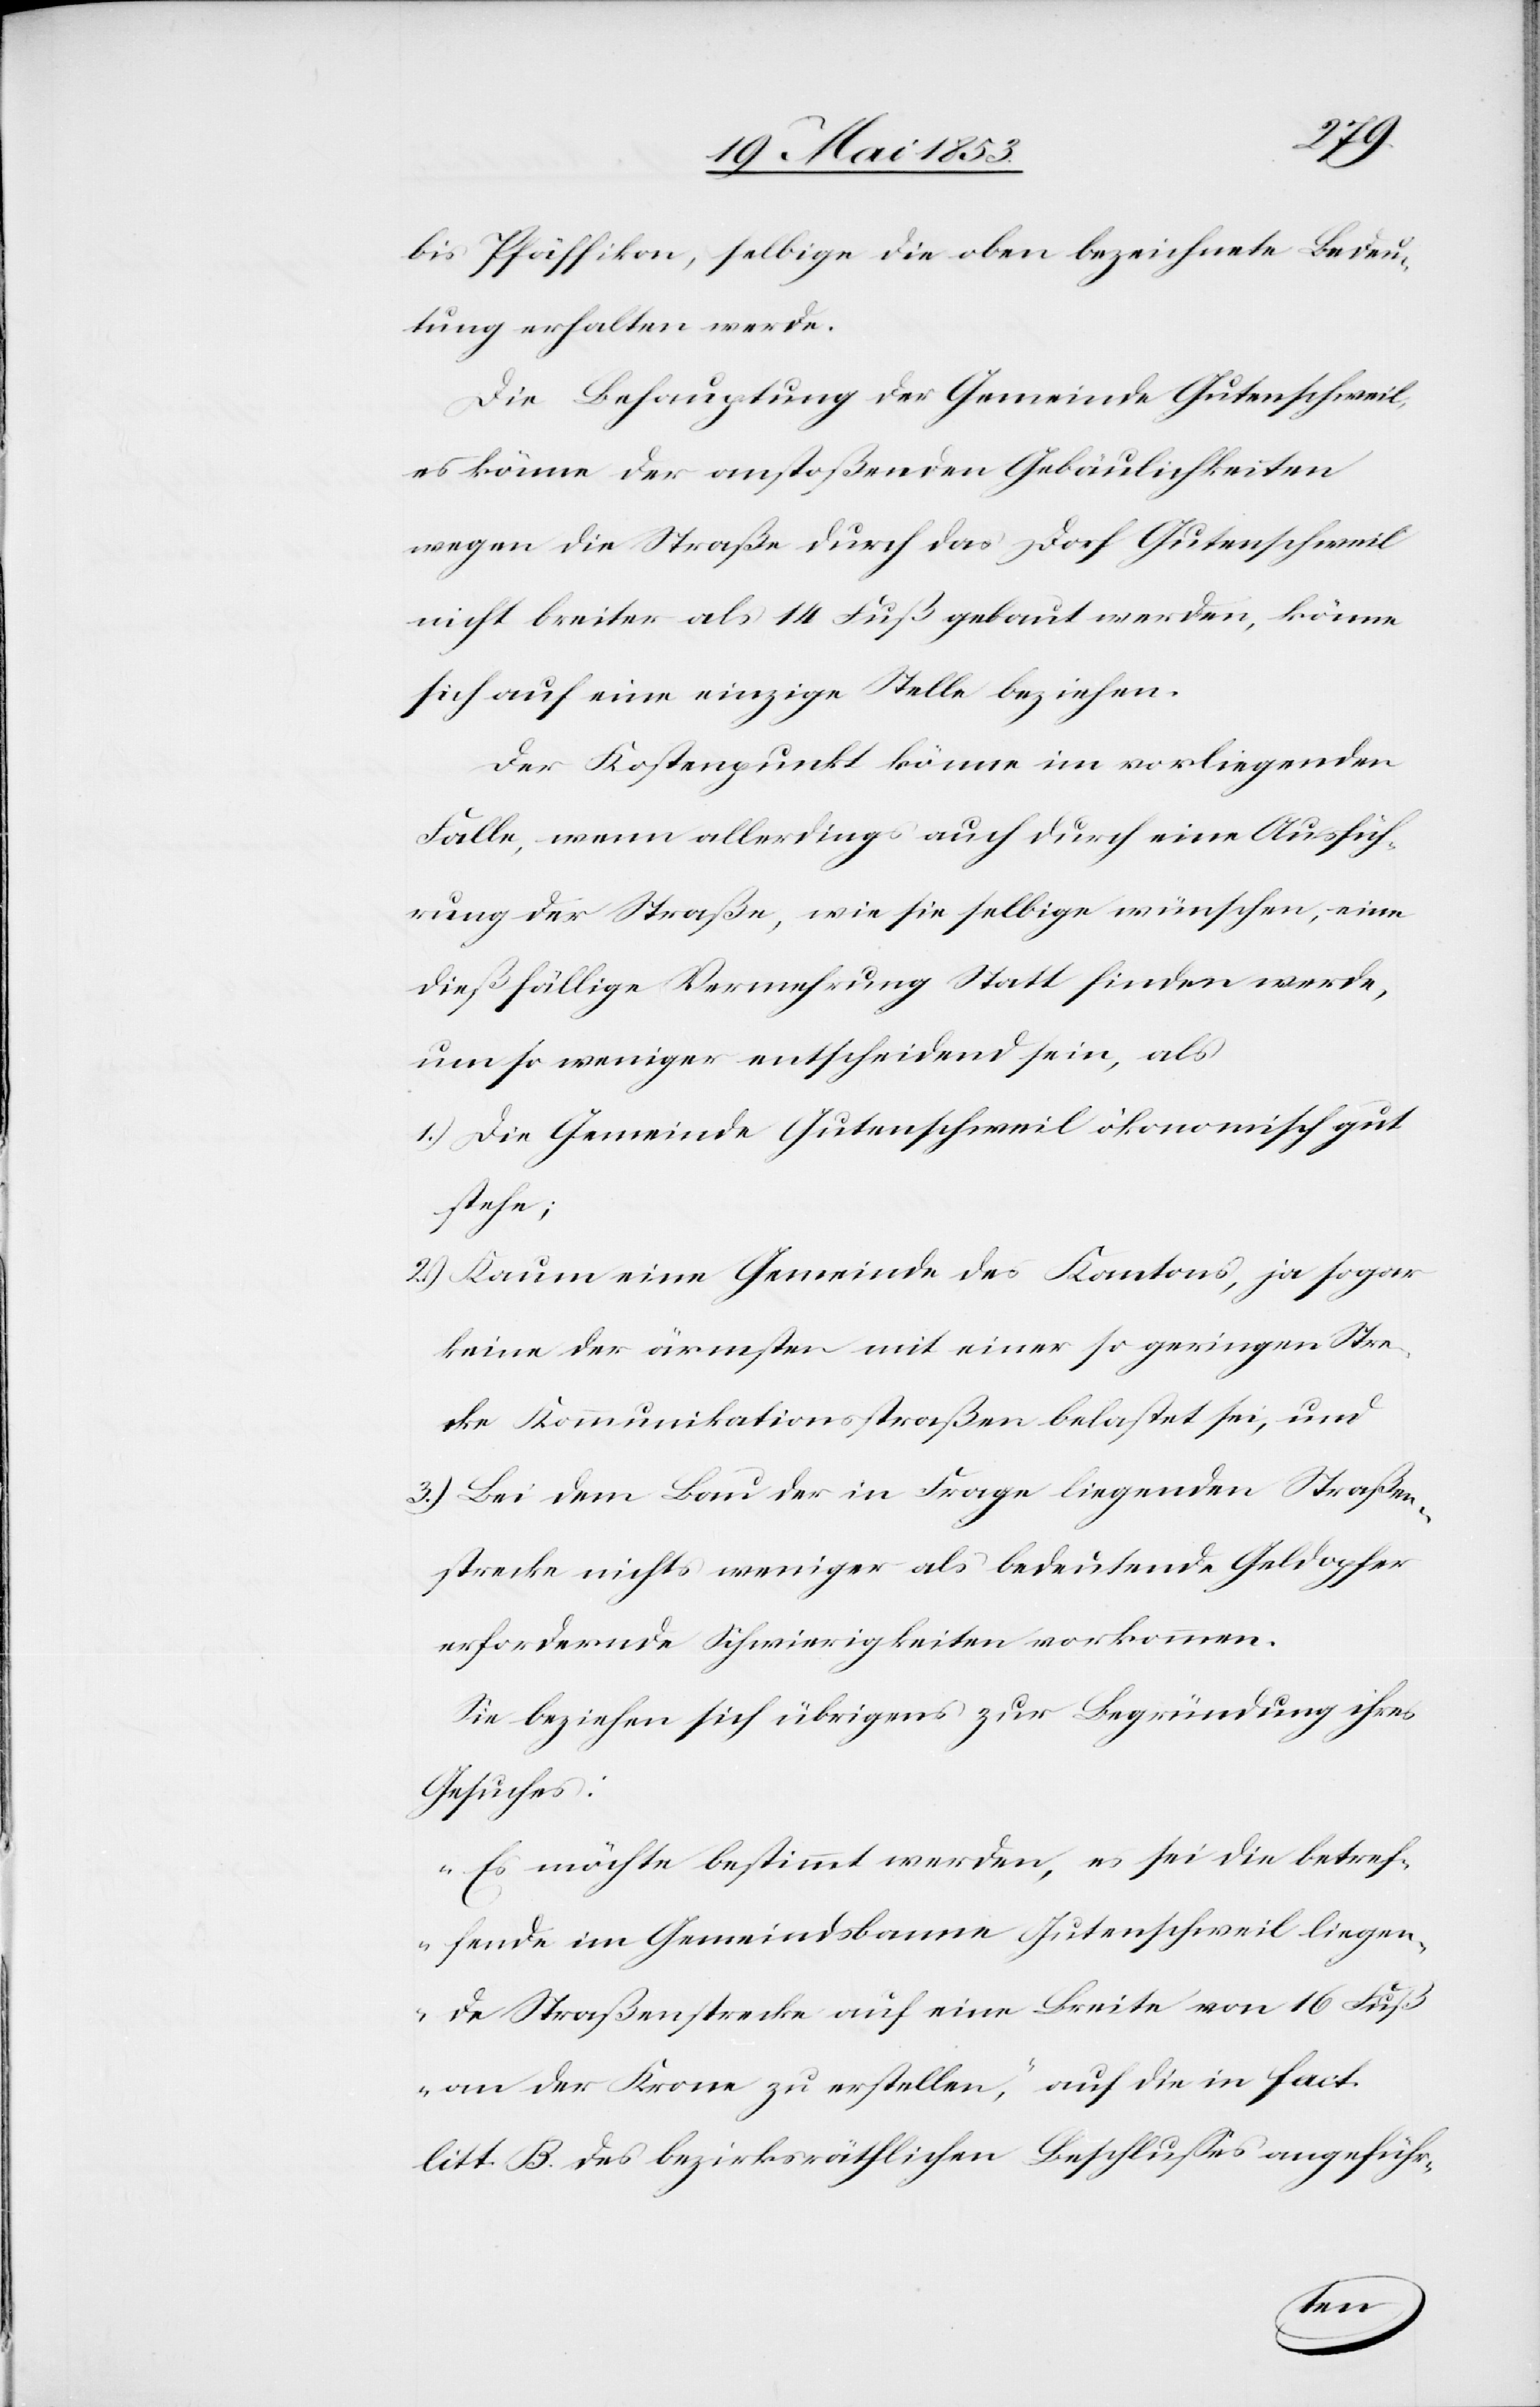
bis Pfäffikon, selbige die oben bezeichnete Bedeu¬
tung erhalten werde.
Die Behauptung der Gemeinde Gutenschweil,
es könne der anstoßenden Gebäulichkeiten
wegen die Straße durch das Dorf Gutenschweil
nicht breiter als 14 Fuß gebaut werden, könne
sich auf eine einzige Stelle beziehen.
Der Kostenpunkt könne im vorliegenden
Falle, wenn allerdings auch durch eine Ausfüh¬
rung der Straße, wie sie selbige wünschen, eine
dießfällige Vermehrung Statt finden werde,
um so weniger entscheidend sein, als
1.) Die Gemeinde Gutenschweil ökonomisch gut
stehe;
2.) Kaum eine Gemeinde des Kantons, ja sogar
keine der ärmsten mit einer so geringen Stre¬
cke Kommunikationsstraßen belastet sei, und
3.) Bei dem Bau der in Frage liegenden Straßen¬
strecke nichts weniger als bedeutende Geldopfer
erfordernde Schwierigkeiten vorkommen.
Sie beziehen sich übrigens zur Begründung ihres
Gesuches:
„Es möchte bestimmt werden, es sei die betref¬
fende im Gemeindsbanne Gutenschweil liegen¬
de Straßenstrecke auf eine Breite von 16 Fuß
an der Krone zu erstellen“, auf die in fact.
litt. B. des bezirksräthlichen Beschlußes angeführ¬
ten